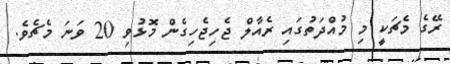
ރޭގެ މެޗަކީ މި މުއްދަތުގައި ރެއާލް ޖެހިޖެހިގެން މޮޅުވި 20 ވަނަ މެޗެވެ.